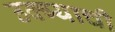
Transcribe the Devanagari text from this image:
उक्ब्याची